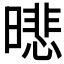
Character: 𣊾